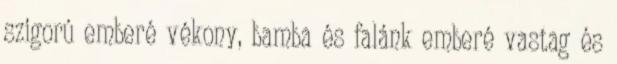
szigorú emberé vékony, bamba és falánk emberé vastag és